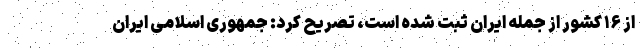
از ۱۶ کشور از جمله ایران ثبت شده است، تصریح کرد: جمهوری اسلامی ایران